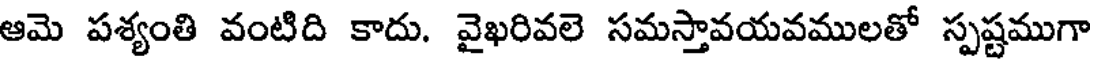
ఆమె పశ్యంతి వంటిది కాదు. వైఖరివలె సమస్తావయవములతో స్పష్టముగా